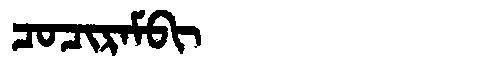
Manchu: ᠴᠣᠴᡳᡵᠠᠮᠪᡳ
Romanization: COCIRAMBI